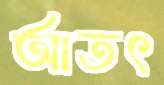
আতৎ